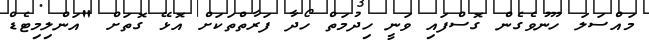
މައްސަލަ ހޫނުވެގެން ގޮސްފައި ވަނީ ހިދުމަތް ހޯދާ ފަރާތްތަކަށް އޮޅޭ ގޮތަށް "އަންލިމިޓެޑް